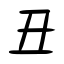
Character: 丑